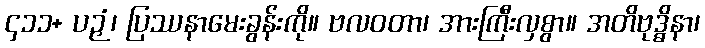
၄၁၁+ ပဉှံ၊ ပြဿနာမေးခွန်းကို။ ဗလဝတာ၊ အားကြီးလှစွာ။ အတိဗုဒ္ဓိနာ၊